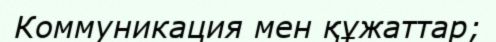
Коммуникация мен құжаттар;